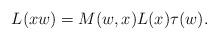
LaTeX: \begin{gather*}L(xw) =M(w,x) L(x) \tau (w) .\end{gather*}